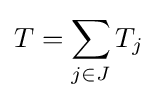
T=\sum _{j\in J}T_{j}